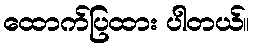
ထောက်ပြထား ပါတယ်။